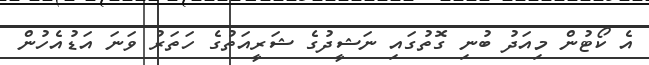
އެ ކޯޓުން މިއަދު ބުނި ގޮތުގައި ނަޝީދުގެ ޝަރީއަތުގެ ހަތަރު ވަނަ އަޑުއެހުން